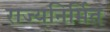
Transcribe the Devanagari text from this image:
राज्यनिर्मित